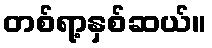
တစ်ရာ့နှစ်ဆယ်။